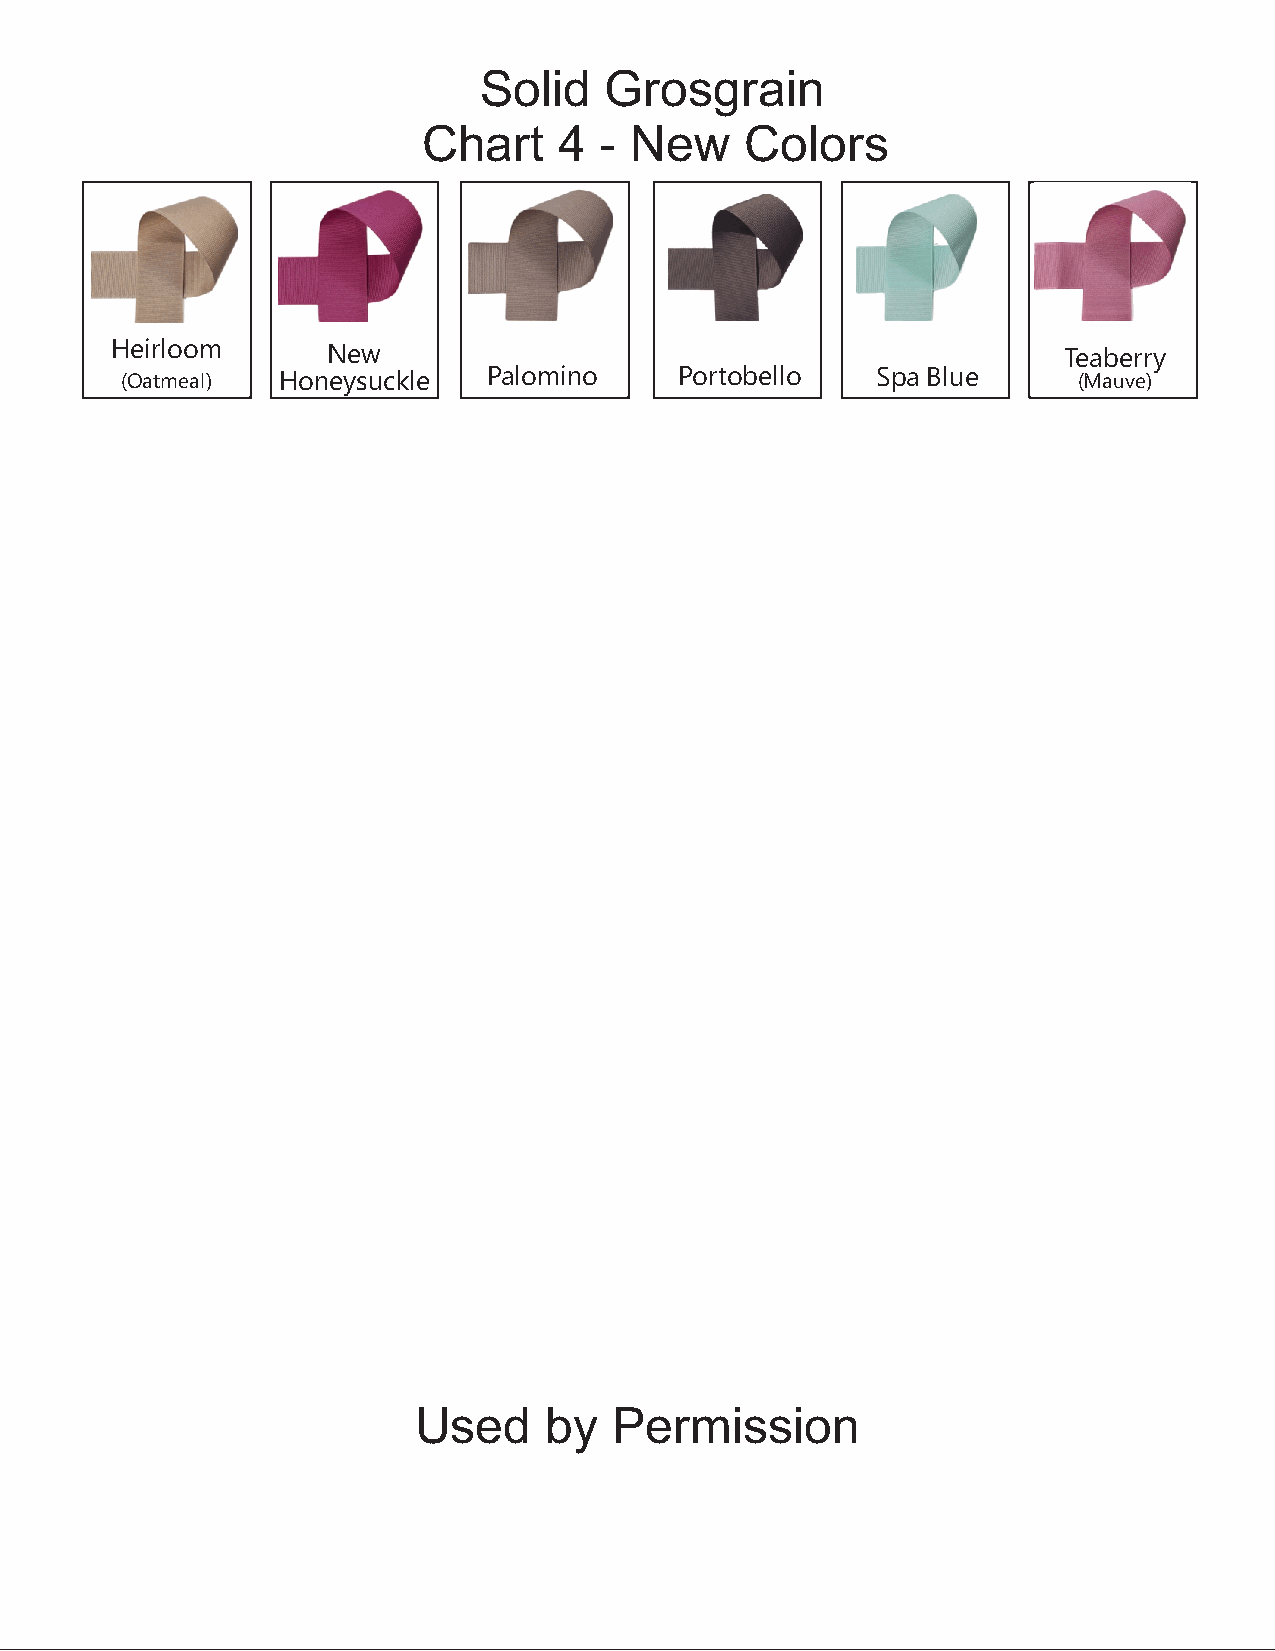
Solid   Grosgrain
 Chart    4  - New    Colors
 Heirloom       New                                             Teaberry
 (Oatmeal) Honeysuckle   Palomino     Portobello   Spa Blue     (Mauve)
 Used     by   Permission